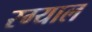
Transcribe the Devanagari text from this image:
रग्याल